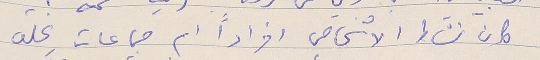
كان نشاط الاشخاص افراداً ام جماعات يخلق